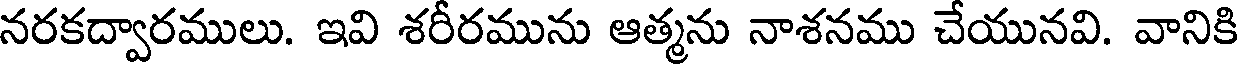
నరకద్వారములు. ఇవి శరీరమును ఆత్మను నాశనము చేయునవి. వానికి